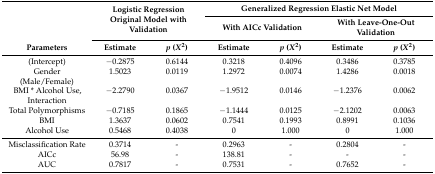
<table><thead><tr><td rowspan="2"></td><td rowspan="2" colspan="2"><b>Logistic Regression Original Model with Validation</b></td><td colspan="4"><b>Generalized Regression Elastic Net Model</b></td></tr><tr><td colspan="2"><b>With AICc Validation</b></td><td colspan="2"><b>With Leave-One-Out Validation</b></td></tr><tr><td><b>Parameters</b></td><td><b>Estimate</b></td><td><b><i>p</i> (<i>X</i><sup>2</sup>)</b></td><td><b>Estimate</b></td><td><b><i>p</i> (<i>X</i><sup>2</sup>)</b></td><td><b>Estimate</b></td><td><b><i>p</i> (<i>X</i><sup>2</sup>)</b></td></tr></thead><tbody><tr><td>(Intercept)</td><td>−0.2875</td><td>0.6144</td><td>0.3218</td><td>0.4096</td><td>0.3486</td><td>0.3785</td></tr><tr><td>Gender (Male/Female)</td><td>1.5023</td><td>0.0119</td><td>1.2972</td><td>0.0074</td><td>1.4286</td><td>0.0018</td></tr><tr><td>BMI * Alcohol Use, Interaction</td><td>−2.2790</td><td>0.0367</td><td>−1.9512</td><td>0.0146</td><td>−1.2376</td><td>0.0062</td></tr><tr><td>Total Polymorphisms</td><td>−0.7185</td><td>0.1865</td><td>−1.1444</td><td>0.0125</td><td>−2.1202</td><td>0.0063</td></tr><tr><td>BMI</td><td>1.3637</td><td>0.0602</td><td>0.7541</td><td>0.1993</td><td>0.8991</td><td>0.1036</td></tr><tr><td>Alcohol Use</td><td>0.5468</td><td>0.4038</td><td>0</td><td>1.000</td><td>0</td><td>1.000</td></tr><tr><td>Misclassification Rate</td><td>0.3714</td><td>-</td><td>0.2963</td><td>-</td><td>0.2804</td><td>-</td></tr><tr><td>AICc</td><td>56.98</td><td>-</td><td>138.81</td><td>-</td><td>-</td><td>-</td></tr><tr><td>AUC</td><td>0.7817</td><td>-</td><td>0.7531</td><td>-</td><td>0.7652</td><td>-</td></tr></tbody></table>